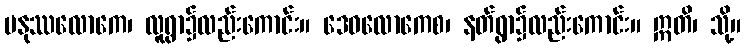
မနုဿလောကေ၊ လူရွာ၌လည်းကောင်း။ ဒေဝလောကေစ၊ နတ်ရွာ၌လည်းကောင်း။ ဣတိ၊ သို့။